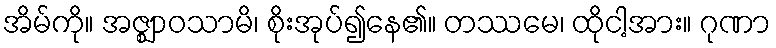
အိမ်ကို။ အဇ္ဈာဝသာမိ၊ စိုးအုပ်၍နေ၏။ တဿမေ၊ ထိုငါ့အား။ ဂုဏာ